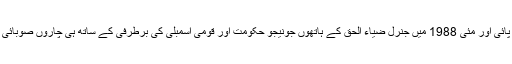
1985 کی ان اسمبلیوں نے صرف سوا تین سال زندگی پائی اور مئی 1988 میں جنرل ضیاء الحق کے ہاتھوں جونیجو حکومت اور قومی اسمبلی کی برطرفی کے ساتھ ہی چاروں صوبائی اسمبلیوں کی رخصتی کے پروانے بھی جاری ہو گئے۔